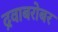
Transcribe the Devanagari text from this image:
द्रवाबरोबर